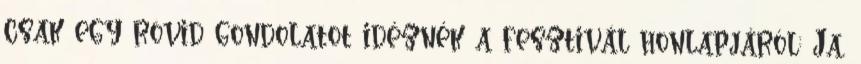
csak egy rövid gondolatot idéznék a fesztivál honlapjáról: Ja,